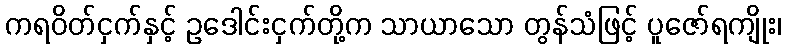
ကရဝိတ်ငှက်နှင့် ဥဒေါင်းငှက်တို့က သာယာသော တွန်သံဖြင့် ပူဇော်ရကျိုး၊